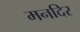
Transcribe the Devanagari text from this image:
मनदिर